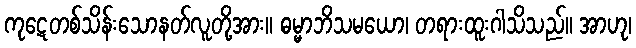
ကုဋေတစ်သိန်းသောနတ်လူတို့အား။ ဓမ္မာဘိသမယော၊ တရားထူးဂါသိသည်။ အာဟု၊